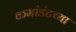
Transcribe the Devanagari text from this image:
कमांडंटच्या